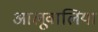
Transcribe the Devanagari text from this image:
आलूवालिया